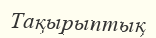
Тақырыптық